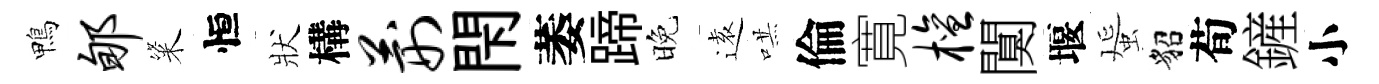
鴨郇粢恒狀構荆閇萎蹄晚逺哄倫寛檀闃堰蜑貂荀鏟小